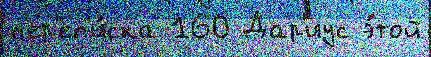
п'ер'еп'и́ска 160 Дар'иус э́той